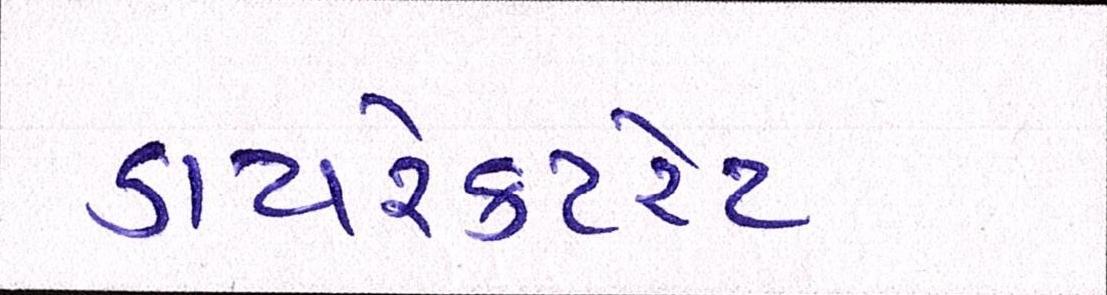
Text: ડાયરેક્ટરેટ